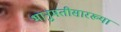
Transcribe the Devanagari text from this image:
भानुमतीसारख्या